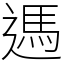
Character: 遤